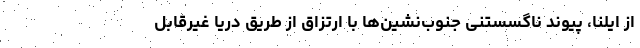
از ایلنا، پیوند ناگسستنی جنوب‌نشین‌ها با ارتزاق از طریق دریا غیرقابل